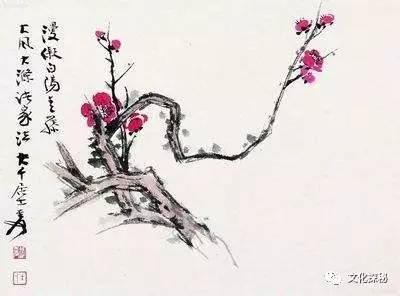
想得玉人情，也合思量我。